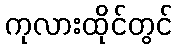
ကုလားထိုင်တွင်